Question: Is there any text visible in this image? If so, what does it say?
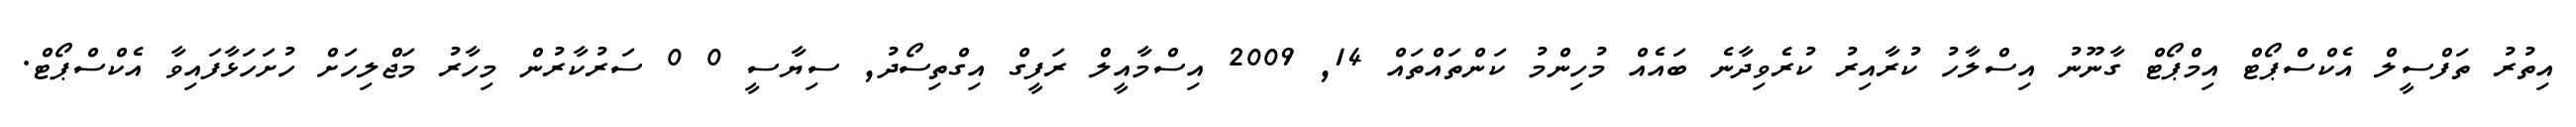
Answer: އިތުރު ތަފްސީލް އެކްސްޕޯޓް އިމްޕޯޓް ގާނޫނު އިސްލާހު ކުރާއިރު ކުރެވިދާނެ ބައެއް މުހިންމު ކަންތައްތައް 14, 2009 އިސްމާއީލް ރަފީގް އިގްތިސޯދު, ސިޔާސީ 0 0 ސަރުކާރުން މިހާރު މަޖްލިހަށް ހުށަހަޅާފައިވާ އެކްސްޕޯޓް.